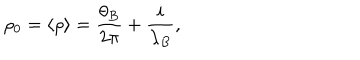
\rho _ { 0 } = \langle \rho \rangle = { \frac { \theta _ { B } } { 2 \pi } } + { \frac { i } { \lambda _ { B } } } ,